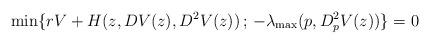
LaTeX: \begin{align*}\min\{rV +H(z,DV(z),D^2V(z)) \,;\, -\lambda_{\max} (p,D_p^2V(z)) \}=0 \end{align*}